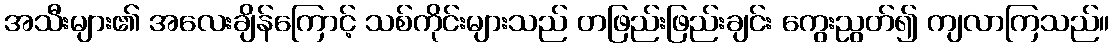
အသီးများ၏ အလေးချိန်ကြောင့် သစ်ကိုင်းများသည် တဖြည်းဖြည်းချင်း ကွေးညွတ်၍ ကျလာကြသည်။